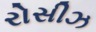
રોસીઝ